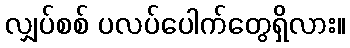
လျှပ်စစ် ပလပ်ပေါက်တွေရှိလား။